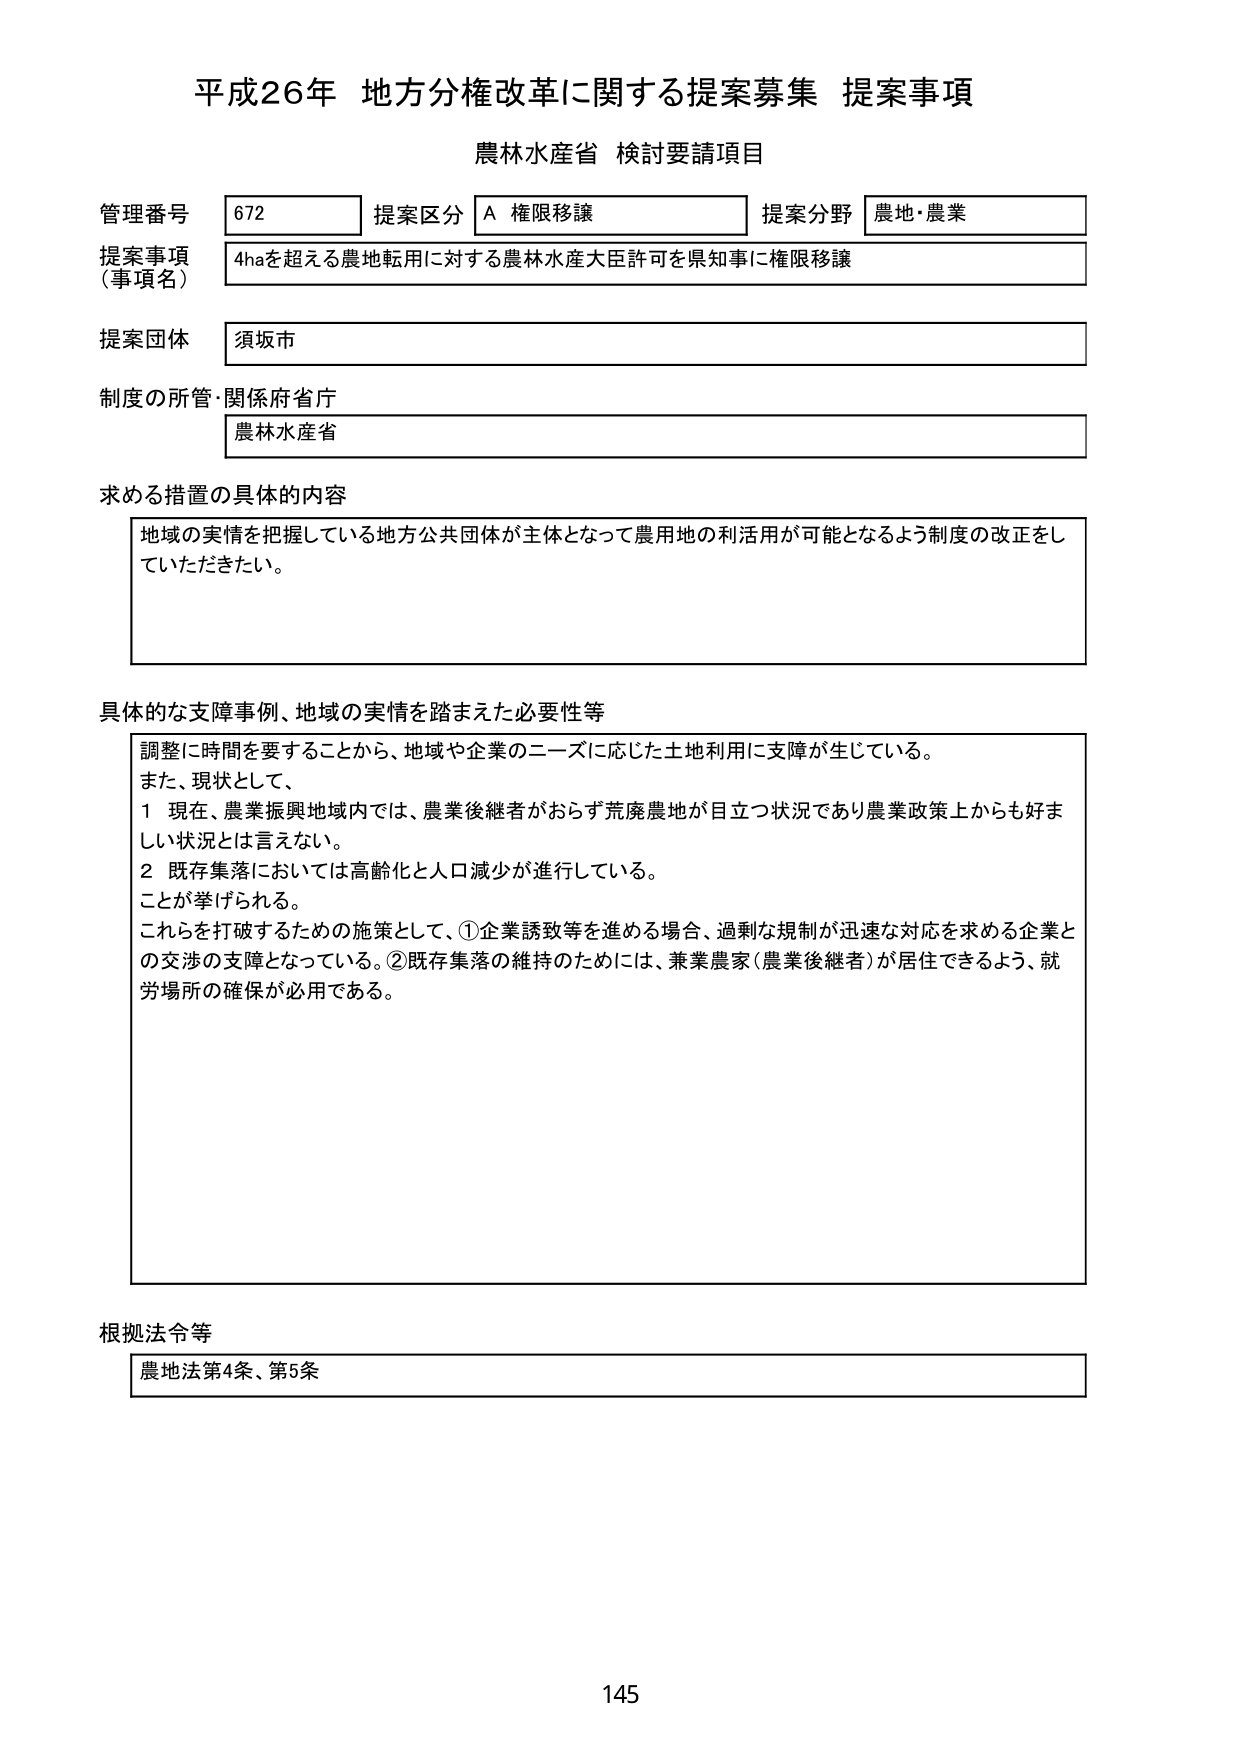
平成26年 地方分権改革に関する提案募集 提案事項
農林水産省 検討要請項目

管理番号 672 提案区分 A 権限移譲 提案分野 農地・農業
提案事項（事項名） 4haを超える農地転用に対する農林水産大臣許可を県知事に権限移譲
提案団体 須坂市
制度の所管・関係府省庁 農林水産省

求める措置の具体的内容
地域の実情を把握している地方公共団体が主体となって農用地の利活用が可能となるよう制度の改正をしていただきたい。

具体的な支障事例、地域の実情を踏まえた必要性等
調整に時間を要することから、地域や企業のニーズに応じた土地利用に支障が生じている。
また、現状として、
1 現在、農業振興地域内では、農業後継者がおらず荒廃農地が目立つ状況であり農業政策上からも好ましい状況とは言えない。
2 既存集落においては高齢化と人口減少が進行している。
ことが挙げられる。
これらを打破するための施策として、①企業誘致等を進める場合、過剰な規制が迅速な対応を求める企業との交渉の支障となっている。②既存集落の維持のためには、兼業農家（農業後継者）が居住できるよう、就労場所の確保が必用である。

根拠法令等
農地法第4条、第5条

145